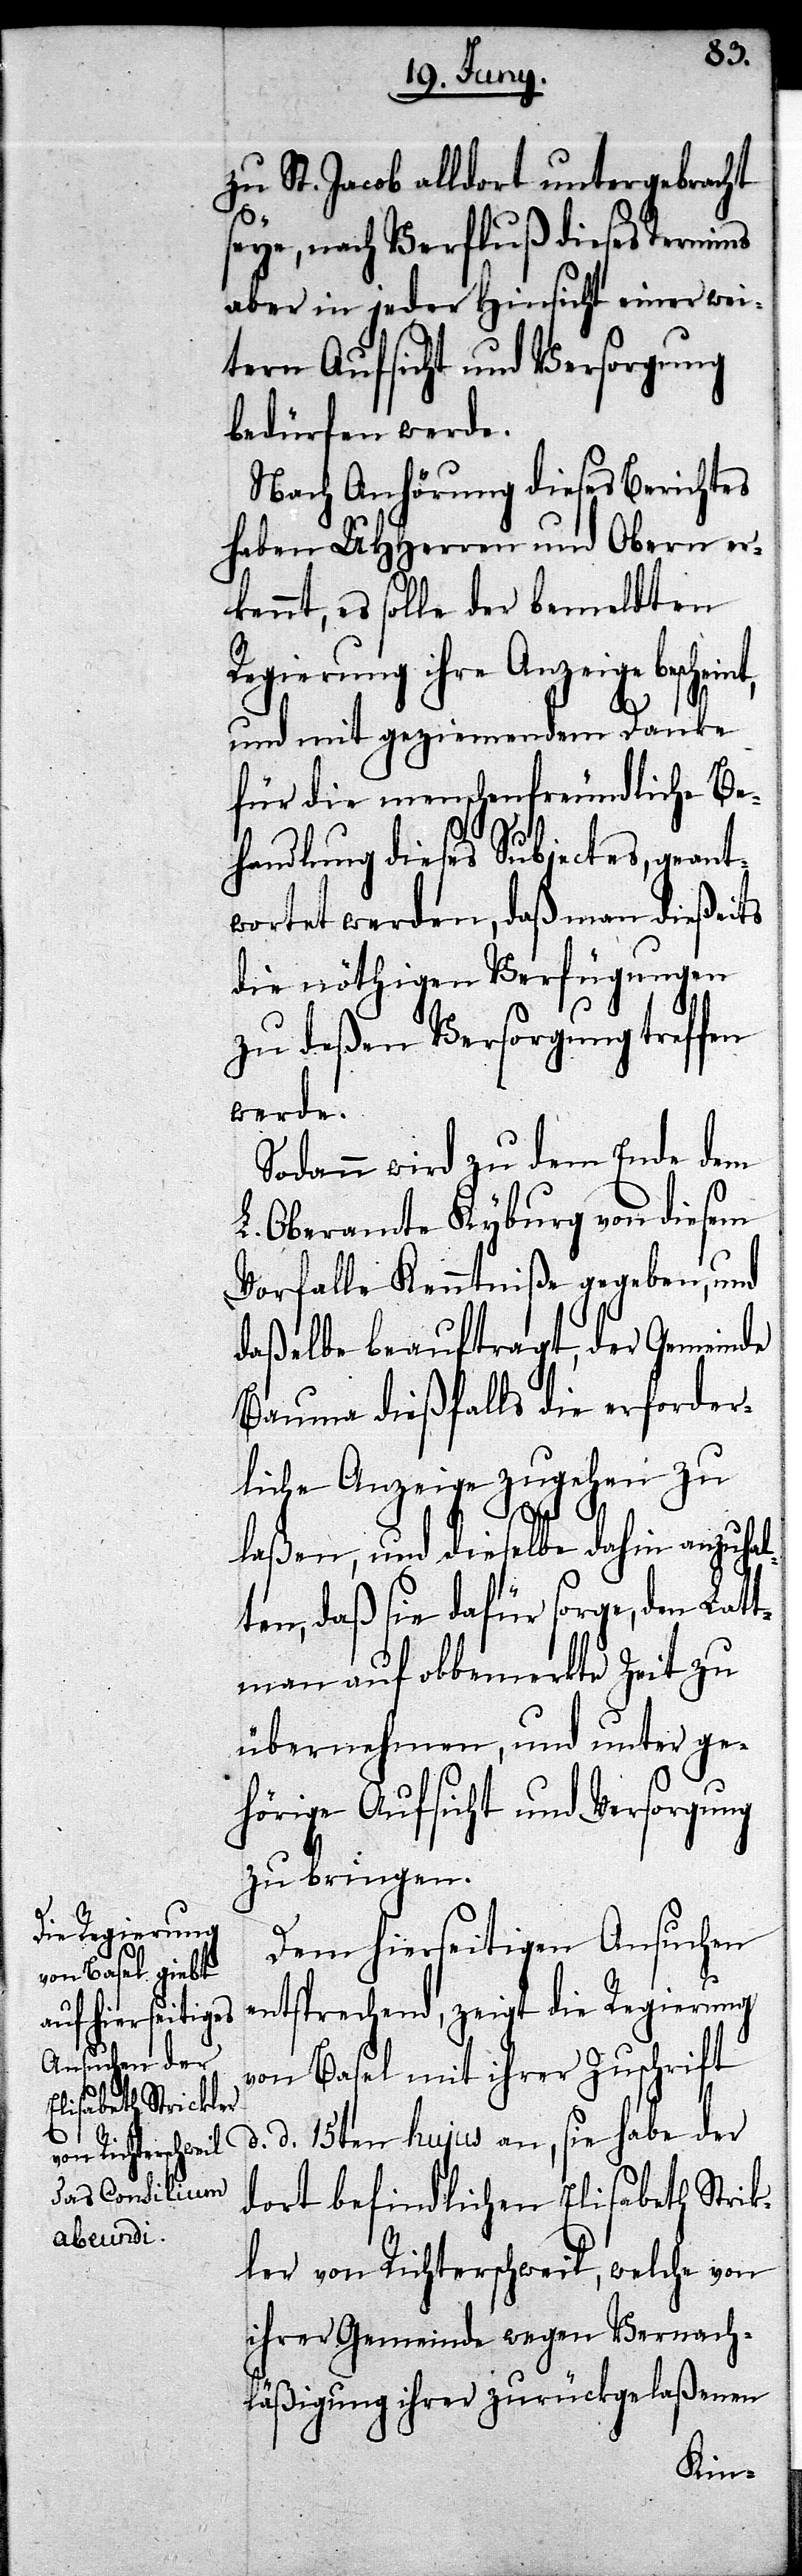
d.

zu St. Jacob alldort untergebracht
seye, nach Verfluß dieses Termins
aber in jeder Hinsicht einer wei¬
tern Aufsicht und Versorgung
bedürfen werde.
Nach Anhörung dieses Berichtes
haben UHHerren und Obern er¬
kennt, es solle der bemeldten
Regierung ihre Anzeige
und mit geziemendem Danke
für die menschenfreundliche Be¬
handlung dieses Subjectes, geant¬
wortet werden, daß man dießeits
die nöthigen Verfügungen
zu deßen Versorgung treffen
werde.
Sodann wird zu dem Ende dem
L. Oberamte Kyburg von diesem
Vorfalle Kenntniß gegeben, und
daßelbe beauftragt, der Gemeinde
Baume dießfalls die erforder¬
liche Anzeige zugehen zu
laßen, und dieselbe dahin anzuhal¬
ten, daß sie dafür sorge, den Lat¬
[sic!] auf obbemerkte Zeit zu
übernehmen, und unter ge¬
hörige Aufsicht und Versorgung
zu bringen.
Dem hierseitigen Ansuchen
entsprechend, zeigt die Regierung
von Basel mit ihrer Zuschrift
d. 15ten hujus an, sie habe der
dort befindlichen Elisabeth Strick¬
ler von Richterschweil, welche von
ihrer Gemeinde wegen Vernach¬
läßigung ihrer zurückgelaßenen